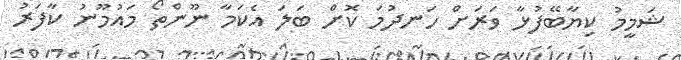
ޝަމީމު ކިޔާބޭފުޅާ ވަރަށް ހަނދުމަ ކޮށް ބަލަ އެކަމާ ނޫންތޯ މައުމޫނު ކާފަރު